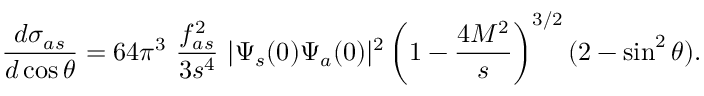
\frac { d \sigma _ { a s } } { d \cos \theta } = 6 4 \pi ^ { 3 } ~ \frac { f _ { a s } ^ { 2 } } { 3 s ^ { 4 } } ~ | \Psi _ { s } ( 0 ) \Psi _ { a } ( 0 ) | ^ { 2 } \left( 1 - \frac { 4 M ^ { 2 } } { s } \right) ^ { 3 / 2 } ( 2 - \sin ^ { 2 } \theta ) .